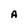
Character: A